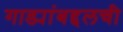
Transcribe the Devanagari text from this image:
गाड्यांबद्दलची